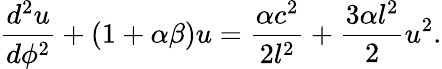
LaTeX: \frac{d^{2}u}{d\phi^{2}}+(1+\alpha\beta)u=\frac{\alpha c^{2}}{2l^{2}}+\frac{3\alpha l^{2}}{2}u^{2}.